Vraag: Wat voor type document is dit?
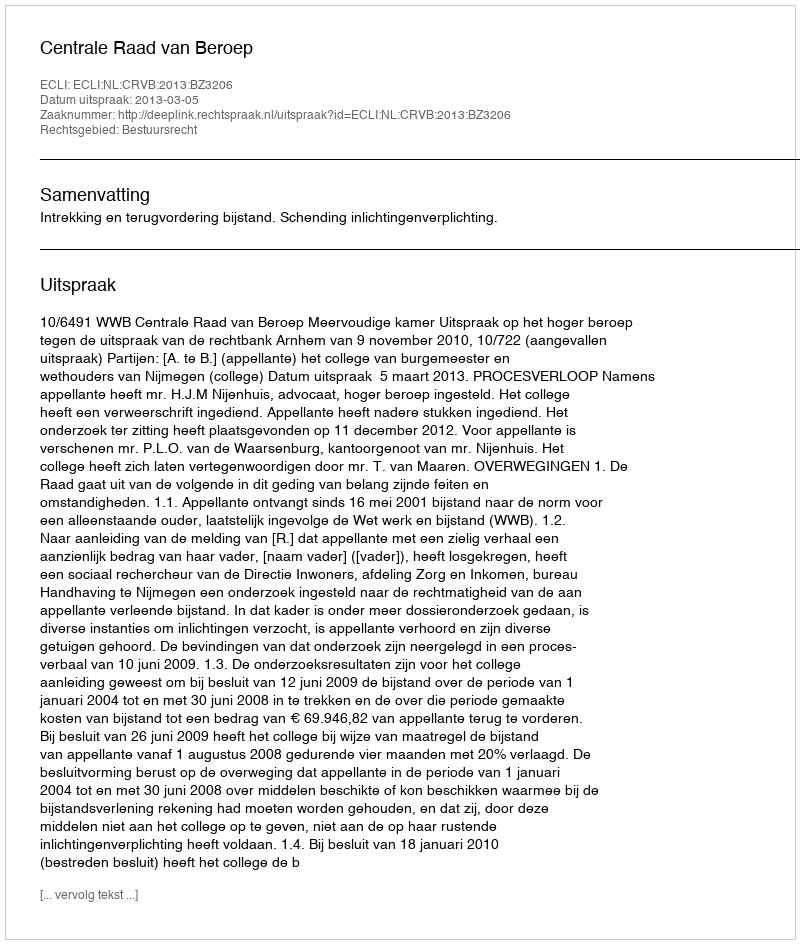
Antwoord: Uitspraak